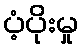
ပံ့ပိုးမှု